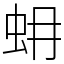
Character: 蚦